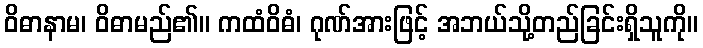
ဝိဓာနာမ၊ ဝိဓာမည်၏။ ကထံဝိဓံ၊ ဂုဏ်အားဖြင့် အဘယ်သို့တည်ခြင်းရှိသူကို။